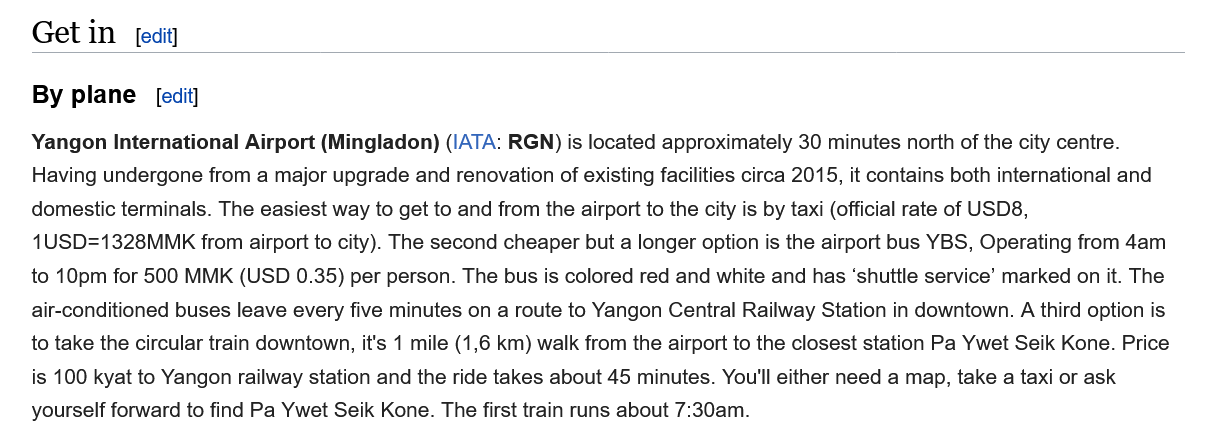
Get  in  [edit]
    By plane   [edit]
    Yangon International Airport (Mingladon) (|ATA: RGN) is located approximately 30 minutes north of the city centre.
    Having undergone from a major upgrade and renovation of existing facilities circa 2015, it contains both international and
    domestic terminals. The easiest way to get to and from the airport to the city is by taxi (official rate of USD8,
    1USD=1328MMK  from  airport to city). The second cheaper but a longer option is the airport bus YBS, Operating from 4am
    to 10pm for 500 MMK (USD 0.35) per person. The bus is colored red and white and has ‘shuttle service’ marked on it. The
    air-conditioned buses leave every five minutes on a route to Yangon Central Railway Station in downtown. A third option is
    to take the circular train downtown, it's 1 mile (1,6 km) walk from the airport to the closest station Pa Ywet Seik Kone. Price
    is 100 kyat to Yangon railway station and the ride takes about 45 minutes. You'll either need a map, take a taxi or ask
    yourself forward to find Pa Ywet Seik Kone. The first train runs about 7:30am.